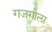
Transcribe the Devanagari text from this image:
गजगोला